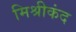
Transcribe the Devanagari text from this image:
मिश्रीकंद